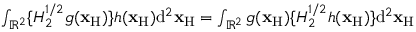
\begin{array} { r l r } & { } & { \int _ { { \mathbb { R } } ^ { 2 } } \{ { \cal H } _ { 2 } ^ { 1 / 2 } g ( { \bf x } _ { \mathrm { H } } ) \} h ( { \bf x } _ { \mathrm { H } } ) \mathrm { d } ^ { 2 } { \bf x } _ { \mathrm { H } } = \int _ { { \mathbb { R } } ^ { 2 } } g ( { \bf x } _ { \mathrm { H } } ) \{ { \cal H } _ { 2 } ^ { 1 / 2 } h ( { \bf x } _ { \mathrm { H } } ) \} \mathrm { d } ^ { 2 } { \bf x } _ { \mathrm { H } } } \end{array}